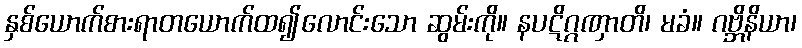
နှစ်ယောက်စားရာတယောက်ထ၍လောင်းသော ဆွမ်းကို။ နပဋိဂ္ဂဏှာတိ၊ မခံ။ ဂဗ္ဘိနိယာ၊